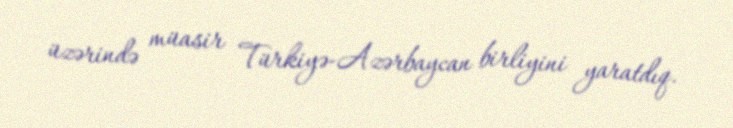
üzərində müasir Türkiyə-Azərbaycan birliyini yaratdıq.